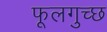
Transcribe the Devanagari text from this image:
फूलगुच्छ